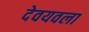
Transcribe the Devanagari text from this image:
देवयवला